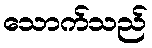
သောက်သည်